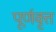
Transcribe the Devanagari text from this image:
पूर्णवृत्त